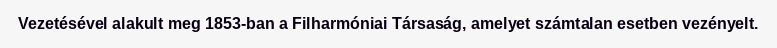
Vezetésével alakult meg 1853-ban a Filharmóniai Társaság, amelyet számtalan esetben vezényelt.